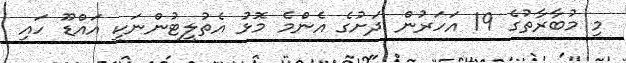
މި މުބާރާތުގެ 19 އަހަރުން ދަށުގެ އެންމެ މޮޅު އެތުލީޓުންނަކީ އައްޑޫ ހައި